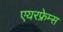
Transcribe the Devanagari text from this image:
एयरफ्रेम्स